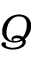
Q